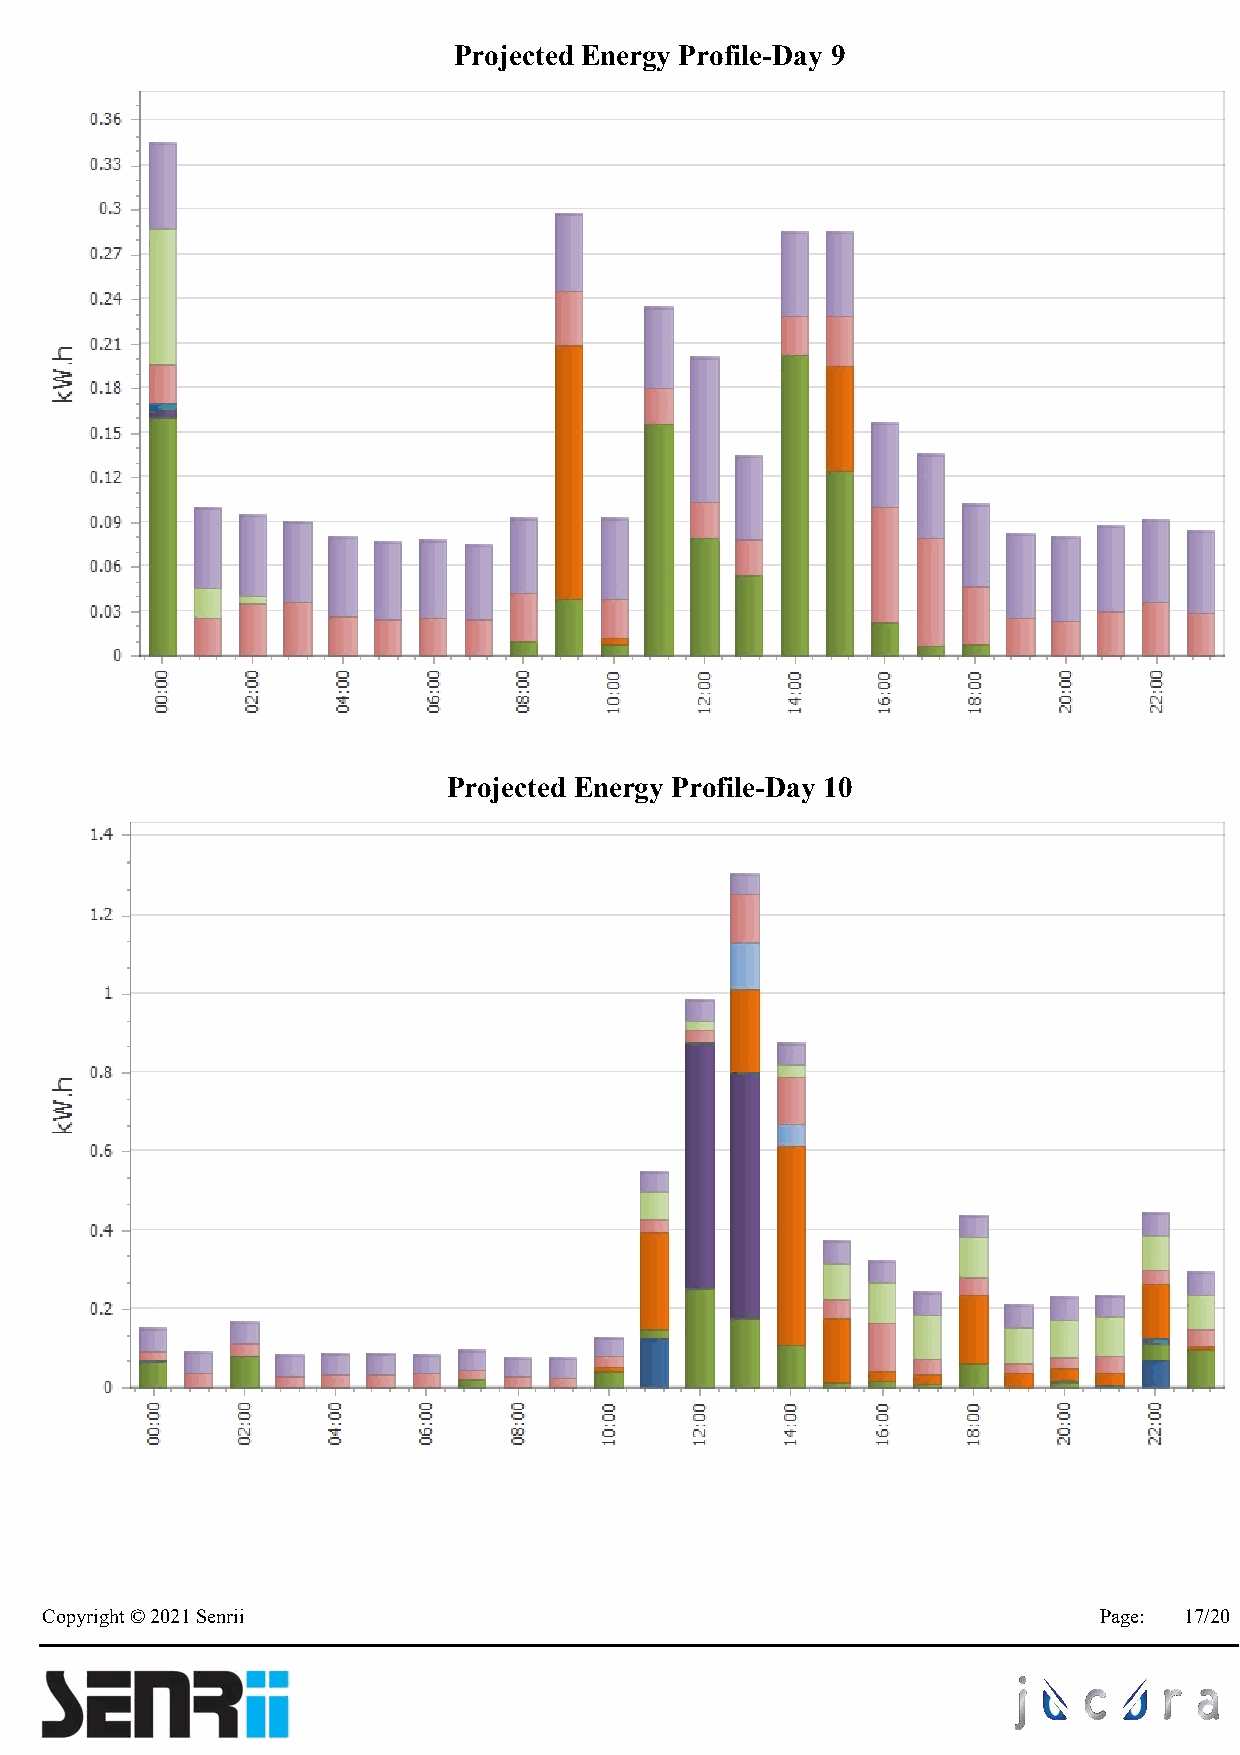
Projected Energy Profile-Day 9
 Projected Energy Profile-Day 10
 Copyright © 2021 Senrii                                               Page: 17/20